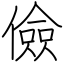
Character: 儉